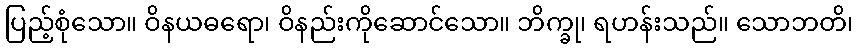
ပြည့်စုံသော။ ဝိနယဓရော၊ ဝိနည်းကိုဆောင်သော။ ဘိက္ခု၊ ရဟန်းသည်။ သောဘတိ၊